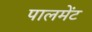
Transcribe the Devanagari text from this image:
पालमेंट